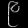
Digit: ၉